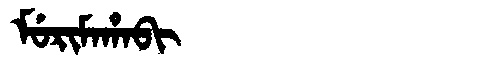
Manchu: ᠮᡠᡵᡳᠮᠠᡥᠠᠪᡳ
Romanization: MURIMAHABI